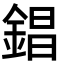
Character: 錩